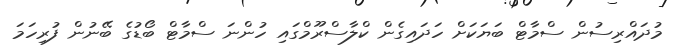
މުދައްރިސުން ސްމާޓް ބަޔަކަށް ހަދައިގެން ކްލާސްރޫމްގައި ހުންނަ ސްމާޓް ބޯޑުގެ ބޭނުން ފުރިހަމަ